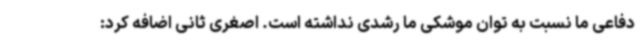
دفاعی ما نسبت به توان موشکی ما رشدی نداشته است. اصغری ثانی اضافه کرد: